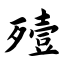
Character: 殪